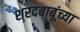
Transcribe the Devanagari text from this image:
शरदबाबूंच्या